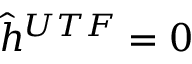
\hat { h } ^ { U T F } = 0